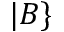
| B \}